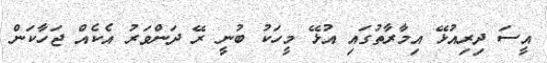
އީސަ ދިރިއުޅޭ އިމާރާތުގައި އުޅޭ މީހަކު ބުނީ ރޭ ދަންވަރު އެކެއް ޖަހާކަން